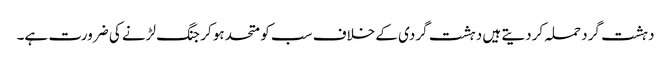
دہشت گرد حملہ کردیتے ہیں دہشت گردی کے خلاف سب کو متحد ہو کر جنگ لڑنے کی ضرورت ہے۔